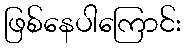
ဖြစ်နေပါကြောင်း